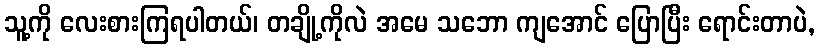
သူ့ကို လေးစားကြရပါတယ်၊ တချို့ကိုလဲ အမေ သဘော ကျအောင် ပြောပြီး ရောင်းတာပဲ,